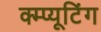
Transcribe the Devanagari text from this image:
क्म्प्यूटिंग